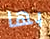
بها